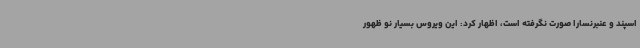
اسپند و عنبرنسارا صورت نگرفته است، اظهار کرد: این ویروس بسیار نو ظهور